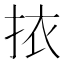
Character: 挔